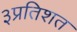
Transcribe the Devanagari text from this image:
३प्रतिशत